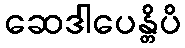
ဆေဒါပေန္တိပိ